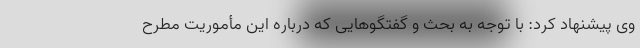
وی پیشنهاد کرد: با توجه به بحث و گفتگوهایی که درباره این مأموریت مطرح